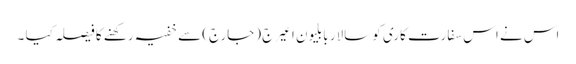
اس نے اس سفارت کاری کو سالار بابلیون اعیرج (جارج) سے خفیہ رکھنے کا فیصلہ کیا ۔